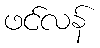
ဖင်လန်